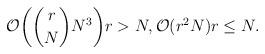
LaTeX: \begin{align*}\mathcal{O}\biggl( \binom{r}{N} N^3 \biggr) r > N, \mathcal{O}( r^2 N ) r \le N.\end{align*}